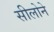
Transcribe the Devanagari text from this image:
सीलोने